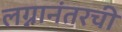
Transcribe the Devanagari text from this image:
लग्नानंतरची